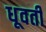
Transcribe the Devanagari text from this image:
धूवती